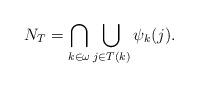
LaTeX: \begin{align*}N_T = \bigcap_{k \in \omega} \bigcup_{j\in T(k)}\psi_k(j).\end{align*}